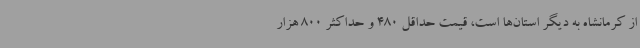
از کرمانشاه به دیگر استان‌ها است، قیمت حداقل 480 و حداکثر 800 هزار